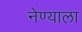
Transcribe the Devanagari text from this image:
नेण्याला